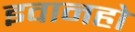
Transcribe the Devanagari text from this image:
इवानहो